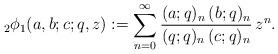
LaTeX: \begin{align*}{_2\phi_1}(a,b;c;q,z) := \sum_{n=0}^{\infty} \frac{ (a;q)_{n} \,(b;q)_n}{(q;q)_n\, (c;q)_n} \,z^n.\end{align*}